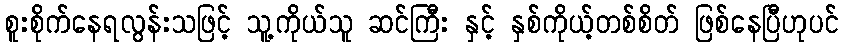
စူးစိုက်နေရလွန်းသဖြင့် သူ့ကိုယ်သူ ဆင်ကြီး နှင့် နှစ်ကိုယ့်တစ်စိတ် ဖြစ်နေပြီဟုပင်